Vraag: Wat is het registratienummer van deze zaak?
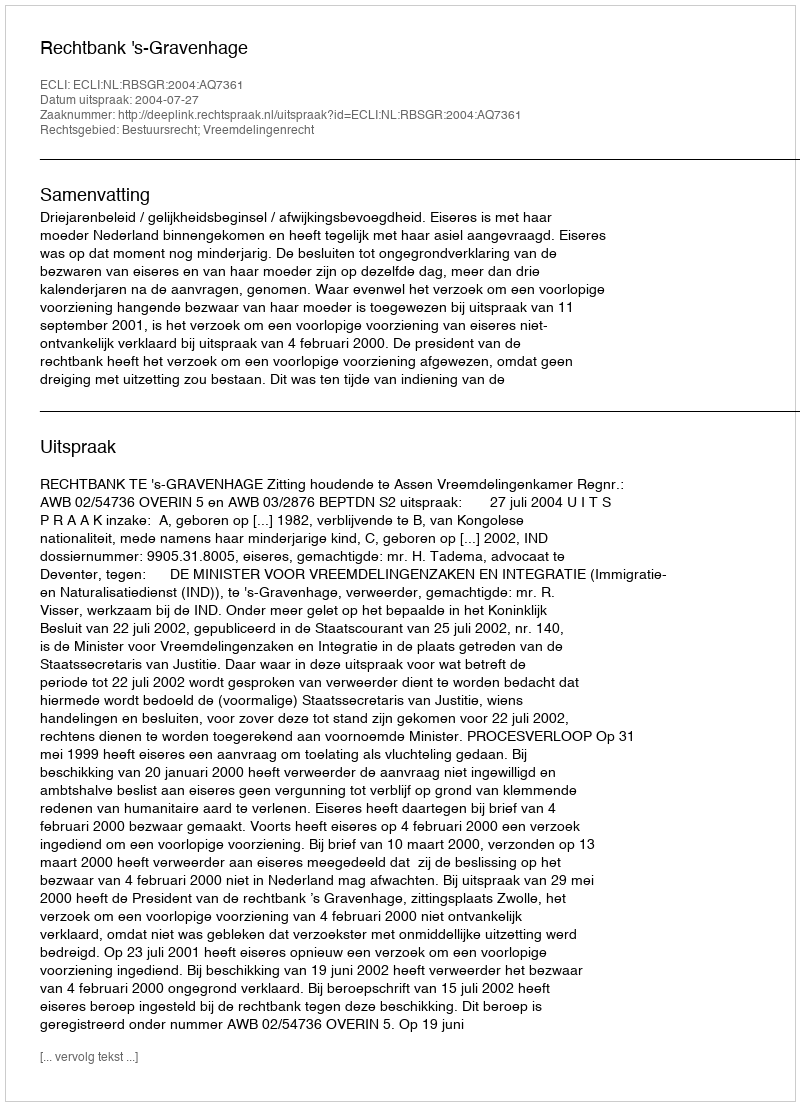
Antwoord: http://deeplink.rechtspraak.nl/uitspraak?id=ECLI:NL:RBSGR:2004:AQ7361